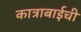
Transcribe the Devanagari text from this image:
कात्राबाईची